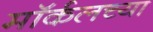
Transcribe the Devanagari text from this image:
मॉर्कलच्या